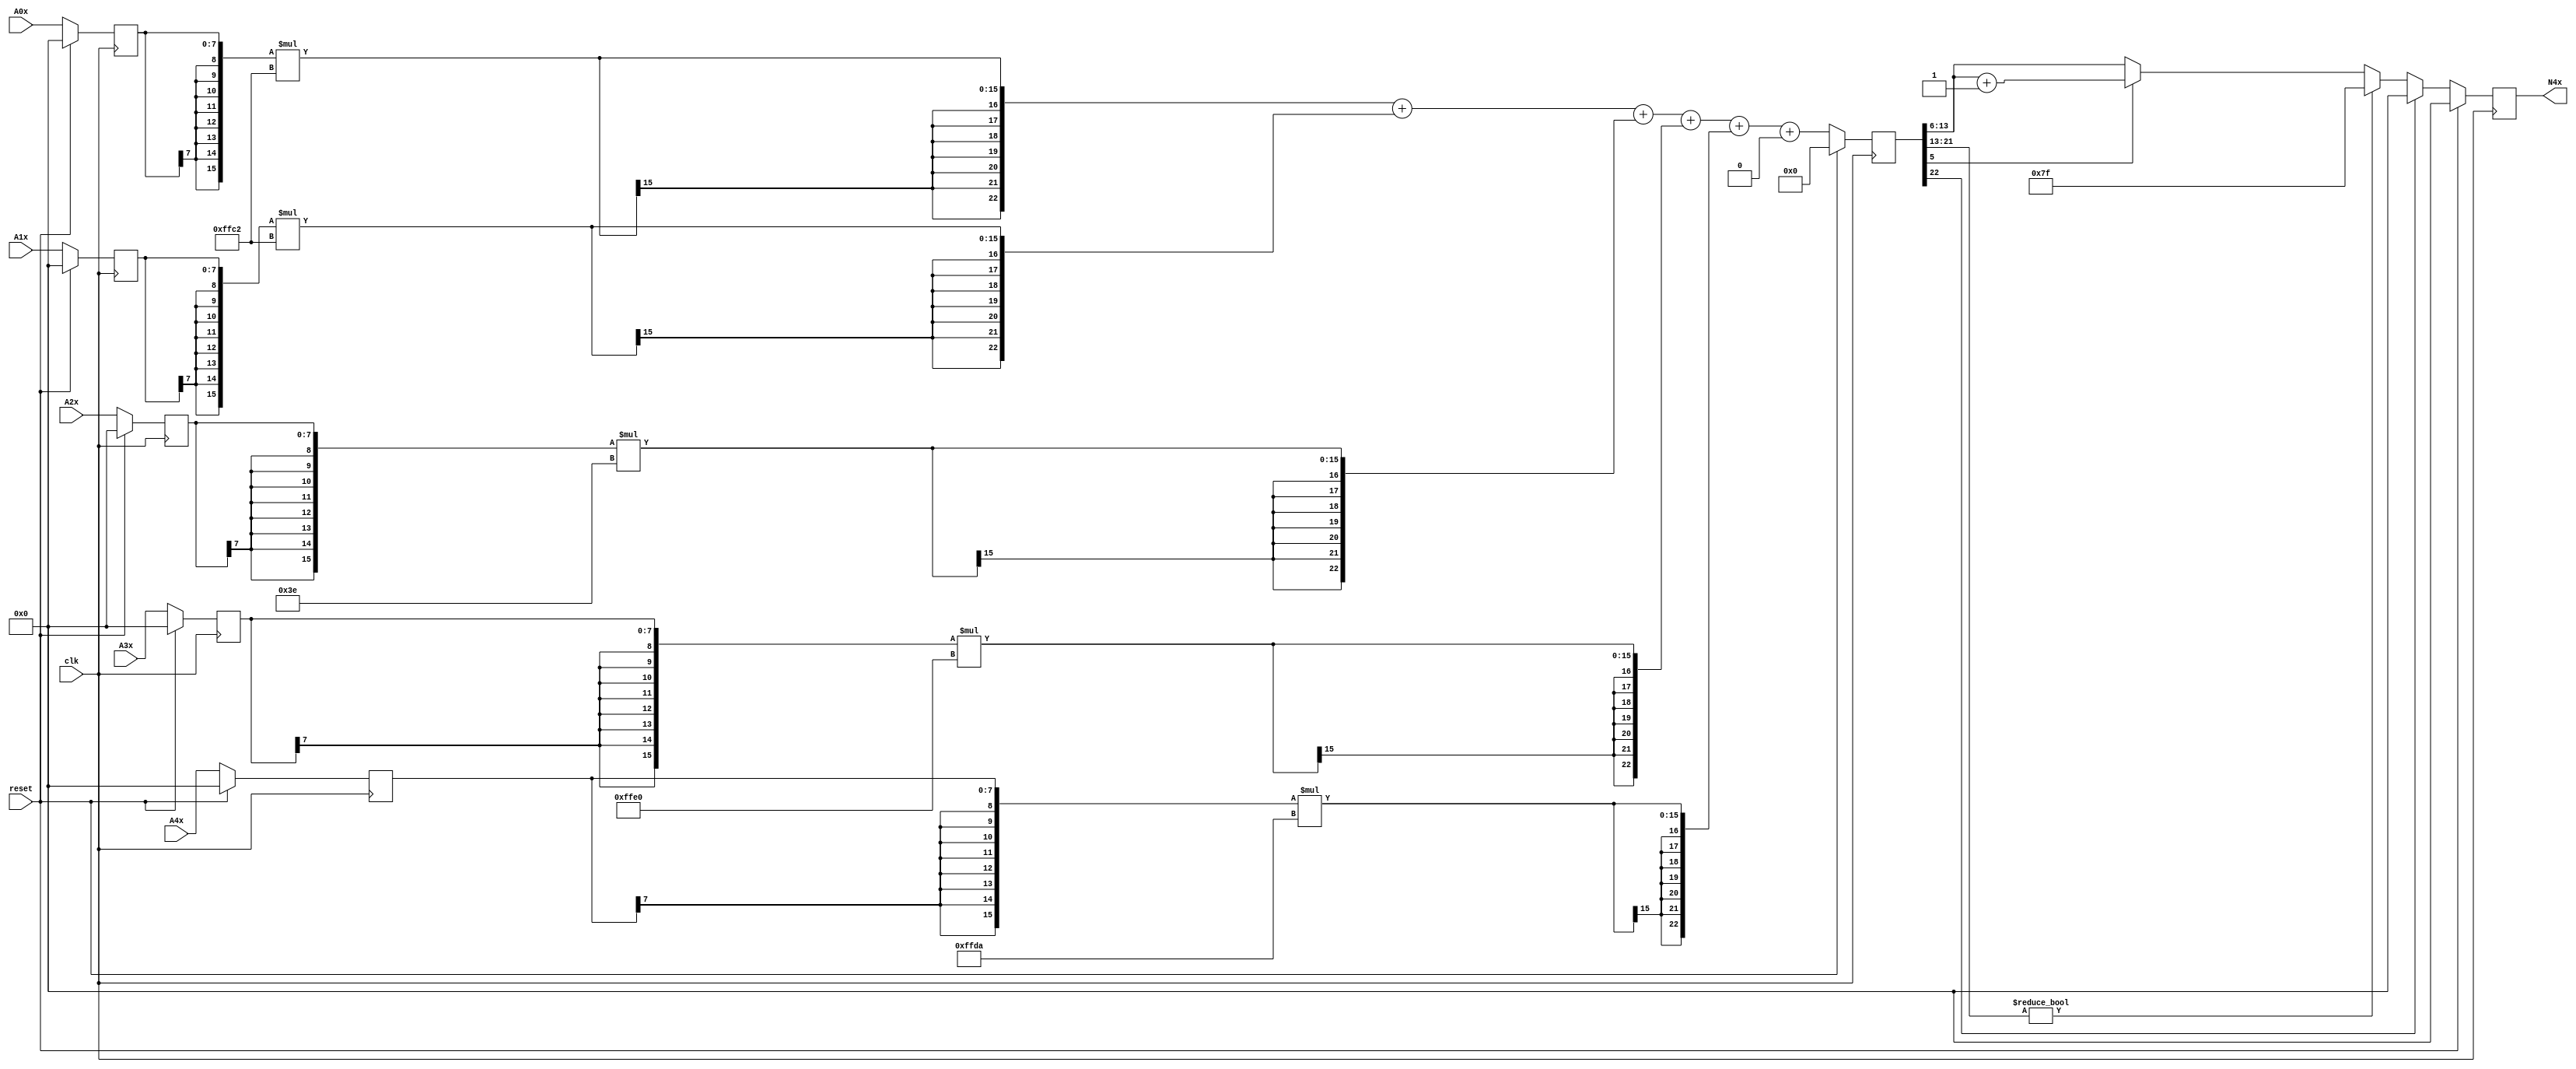
module node_2_4(clk,reset,N4x,A0x,A1x,A2x,A3x,A4x);
	input clk;
	input reset;
	input [7:0] A0x, A1x, A2x, A3x, A4x;
	reg [7:0] A0x_c, A1x_c, A2x_c, A3x_c, A4x_c;
	wire [15:0] sum0x, sum1x, sum2x, sum3x, sum4x;
	output reg [7:0] N4x;
	reg [22:0] sumout;

	parameter [7:0] W0x=-8'd62;
	parameter [7:0] W1x=-8'd62;
	parameter [7:0] W2x=8'd62;
	parameter [7:0] W3x=-8'd32;
	parameter [7:0] W4x=-8'd38;
	parameter [15:0] B0x=16'd0;


	assign sum0x = {A0x_c[7],A0x_c[7],A0x_c[7],A0x_c[7],A0x_c[7],A0x_c[7],A0x_c[7],A0x_c[7],A0x_c}*{W0x[7],W0x[7],W0x[7],W0x[7],W0x[7],W0x[7],W0x[7],W0x[7],W0x};
	assign sum1x = {A1x_c[7],A1x_c[7],A1x_c[7],A1x_c[7],A1x_c[7],A1x_c[7],A1x_c[7],A1x_c[7],A1x_c}*{W1x[7],W1x[7],W1x[7],W1x[7],W1x[7],W1x[7],W1x[7],W1x[7],W1x};
	assign sum2x = {A2x_c[7],A2x_c[7],A2x_c[7],A2x_c[7],A2x_c[7],A2x_c[7],A2x_c[7],A2x_c[7],A2x_c}*{W2x[7],W2x[7],W2x[7],W2x[7],W2x[7],W2x[7],W2x[7],W2x[7],W2x};
	assign sum3x = {A3x_c[7],A3x_c[7],A3x_c[7],A3x_c[7],A3x_c[7],A3x_c[7],A3x_c[7],A3x_c[7],A3x_c}*{W3x[7],W3x[7],W3x[7],W3x[7],W3x[7],W3x[7],W3x[7],W3x[7],W3x};
	assign sum4x = {A4x_c[7],A4x_c[7],A4x_c[7],A4x_c[7],A4x_c[7],A4x_c[7],A4x_c[7],A4x_c[7],A4x_c}*{W4x[7],W4x[7],W4x[7],W4x[7],W4x[7],W4x[7],W4x[7],W4x[7],W4x};

	always@(posedge clk) begin

		if(reset)
			begin
			N4x<=8'd0;
			sumout<=16'd0;
			A0x_c <= 8'd0;
			A1x_c <= 8'd0;
			A2x_c <= 8'd0;
			A3x_c <= 8'd0;
			A4x_c <= 8'd0;
			end
		else
			begin
			A0x_c <= A0x;
			A1x_c <= A1x;
			A2x_c <= A2x;
			A3x_c <= A3x;
			A4x_c <= A4x;
			sumout<={sum0x[15],sum0x[15],sum0x[15],sum0x[15],sum0x[15],sum0x[15],sum0x[15],sum0x}+{sum1x[15],sum1x[15],sum1x[15],sum1x[15],sum1x[15],sum1x[15],sum1x[15],sum1x}+{sum2x[15],sum2x[15],sum2x[15],sum2x[15],sum2x[15],sum2x[15],sum2x[15],sum2x}+{sum3x[15],sum3x[15],sum3x[15],sum3x[15],sum3x[15],sum3x[15],sum3x[15],sum3x}+{sum4x[15],sum4x[15],sum4x[15],sum4x[15],sum4x[15],sum4x[15],sum4x[15],sum4x}+{B0x[15],B0x[15],B0x[15],B0x[15],B0x[15],B0x[15],B0x[15],B0x};

			if(sumout[22]==0)
				begin
				if(sumout[21:13]!=9'b0)
					N4x<=8'd127;
				else
					begin
					if(sumout[5]==1)
						N4x<=sumout[13:6]+8'd1;
					else
						N4x<=sumout[13:6];
					end
				end
			else
				N4x<=8'd0;
			end
		end
endmodule